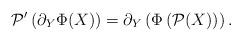
LaTeX: \begin{align*}\mathcal{P}'\left(\partial_Y\Phi(X)\right)=\partial_Y\left(\Phi\left(\mathcal{P}(X)\right)\right).\end{align*}